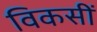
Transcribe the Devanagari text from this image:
विकसीं